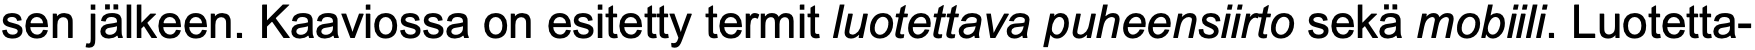
sen jälkeen. Kaaviossa on esitetty termit luotettava puheensiirto sekä mobiili. Luotetta-